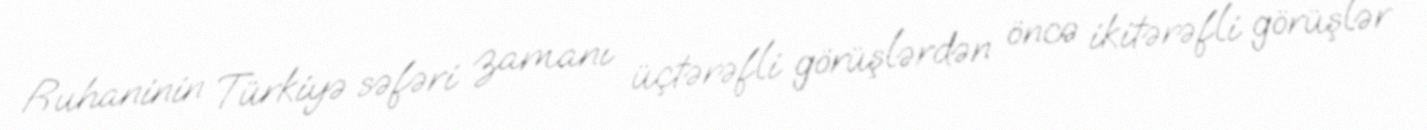
Ruhaninin Türkiyə səfəri zamanı üçtərəfli görüşlərdən öncə ikitərəfli görüşlər